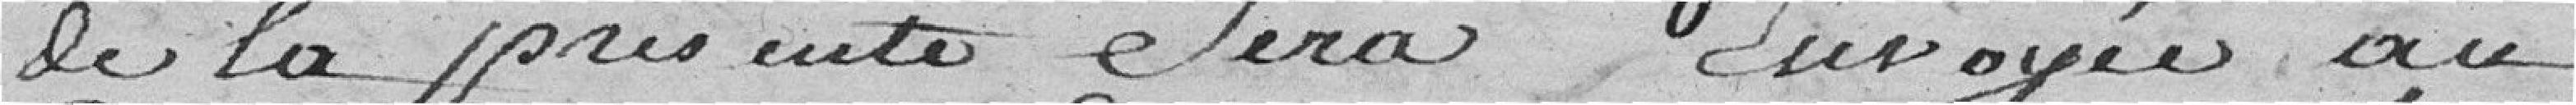
de la présente sera envoyée au